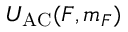
U _ { \mathrm { A C } } ( F , m _ { F } )